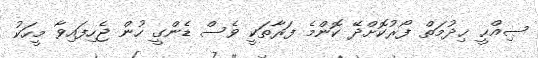
ޞިއްޙީ ޚިދުމަތް ފޯރުކޮށްދޭ ކޮންމެ ފަރާތަކީ ވެސް ޑެންގީ ހުން ޖެހިފައިވާ މީހަކު